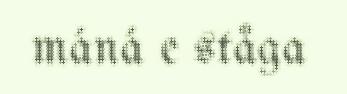
máná e ståga